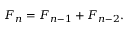
F _ { n } = F _ { n - 1 } + F _ { n - 2 } .